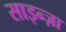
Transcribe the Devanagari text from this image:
साइन्ज़ा